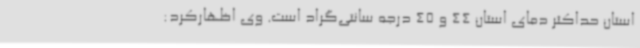
استان حداکثر دمای استان 44 و 45 درجه سانتی‌گراد است. وی اظهارکرد: